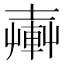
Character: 𨍔